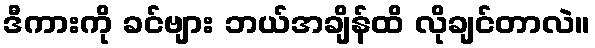
ဒီကားကို ခင်ဗျား ဘယ်အချိန်ထိ လိုချင်တာလဲ။